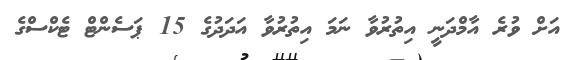
އަށް ވުރެ އާމްދަނީ އިތުރުވާ ނަމަ އިތުރުވާ އަދަދުގެ 15 ޕަސެންޓް ޓެކްސްގެ